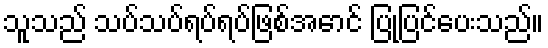
သူသည် သပ်သပ်ရပ်ရပ်ဖြစ်အောင် ပြုပြင်ပေးသည်။